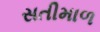
સતીમાળ